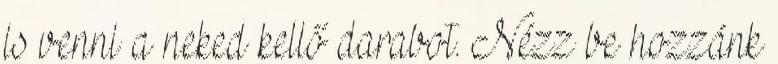
is venni a neked kellő darabot. Nézz be hozzánk